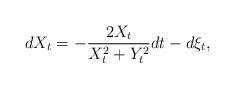
LaTeX: \begin{align*}dX_t &= -\frac{2 X_t}{X_t^2 + Y_t^2} dt - d\xi_t,\end{align*}